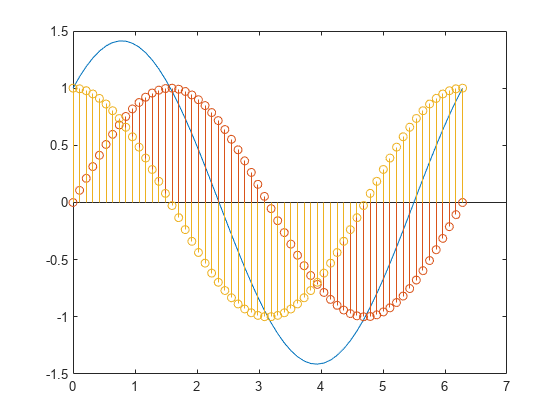
matlab, plot, stem